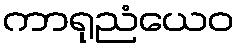
ကာရုညံယေဝ